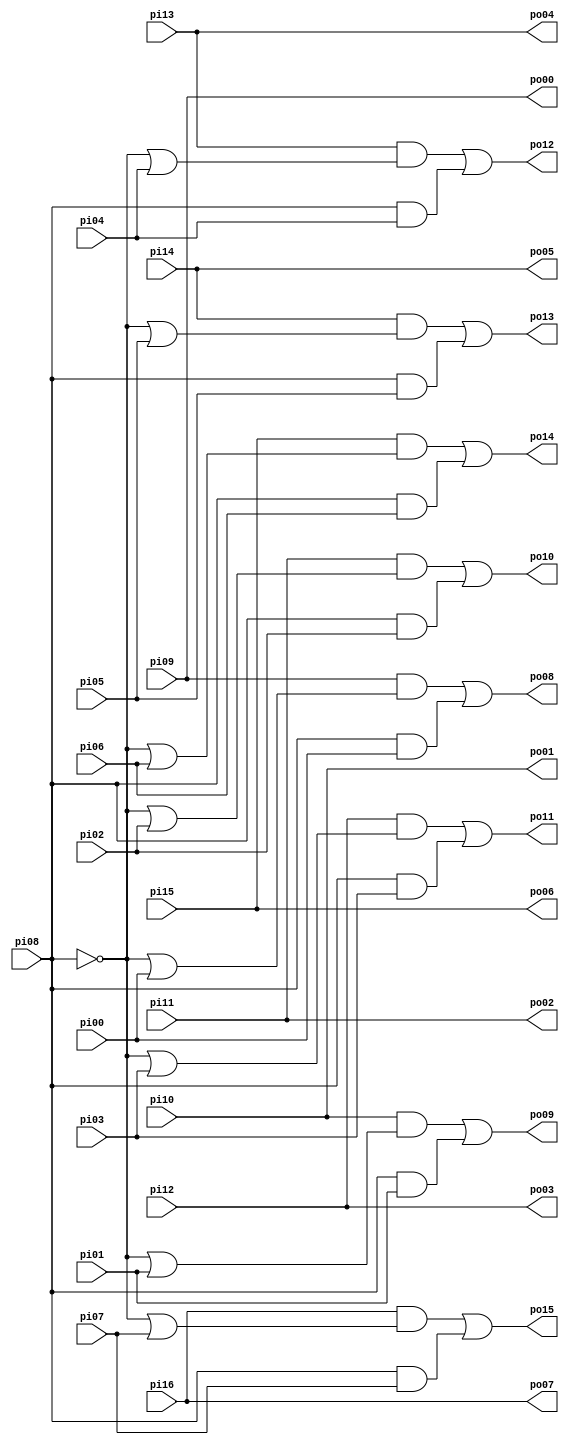
// Benchmark "tcon" written by ABC on Thu Mar 19 13:02:36 2020

module tcon ( 
    pi00, pi01, pi02, pi03, pi04, pi05, pi06, pi07, pi08, pi09, pi10, pi11,
    pi12, pi13, pi14, pi15, pi16,
    po00, po01, po02, po03, po04, po05, po06, po07, po08, po09, po10, po11,
    po12, po13, po14, po15  );
  input  pi00, pi01, pi02, pi03, pi04, pi05, pi06, pi07, pi08, pi09,
    pi10, pi11, pi12, pi13, pi14, pi15, pi16;
  output po00, po01, po02, po03, po04, po05, po06, po07, po08, po09, po10,
    po11, po12, po13, po14, po15;
  assign po08 = (pi09 & (~pi08 | pi00)) | (pi08 & pi00);
  assign po09 = (pi10 & (~pi08 | pi01)) | (pi08 & pi01);
  assign po10 = (pi11 & (~pi08 | pi02)) | (pi08 & pi02);
  assign po11 = (pi12 & (~pi08 | pi03)) | (pi08 & pi03);
  assign po12 = (pi13 & (~pi08 | pi04)) | (pi08 & pi04);
  assign po13 = (pi14 & (~pi08 | pi05)) | (pi08 & pi05);
  assign po14 = (pi15 & (~pi08 | pi06)) | (pi08 & pi06);
  assign po15 = (pi16 & (~pi08 | pi07)) | (pi08 & pi07);
  assign po00 = pi09;
  assign po01 = pi10;
  assign po02 = pi11;
  assign po03 = pi12;
  assign po04 = pi13;
  assign po05 = pi14;
  assign po06 = pi15;
  assign po07 = pi16;
endmodule